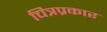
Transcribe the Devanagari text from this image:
चित्रप्रकार